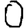
Digit: 0